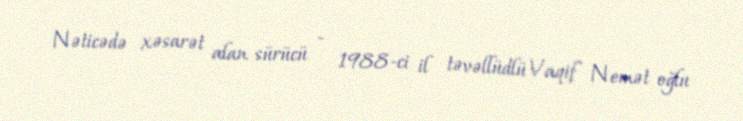
Nəticədə xəsarət alan sürücü - 1988-ci il təvəllüdlü Vaqif Nemət oğlu